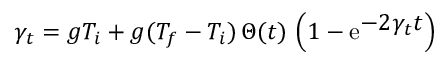
\gamma _ { t } = g T _ { i } + g ( T _ { f } - T _ { i } ) \, \Theta ( t ) \, \left( 1 - { \mathrm e } ^ { { \displaystyle - 2 \gamma _ { t } t } } \right)